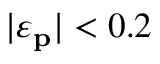
| \varepsilon _ { \mathbf { p } } | < 0 . 2